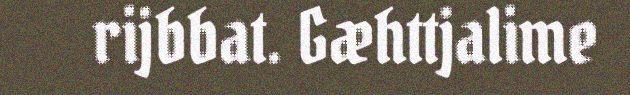
rijbbat. Gæhttjalime